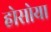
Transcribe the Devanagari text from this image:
होसोया